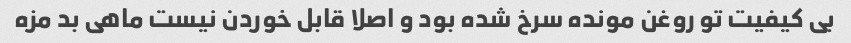
بی کیفیت تو روغن مونده سرخ شده بود و اصلا قابل خوردن نیست ماهی بد مزه